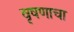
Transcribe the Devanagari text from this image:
वृषणाचा